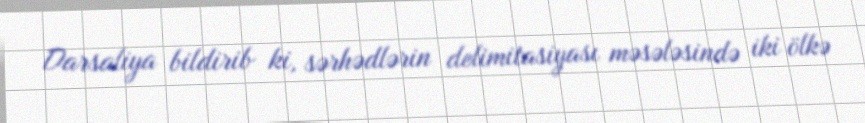
Darsaliya bildirib ki, sərhədlərin delimitasiyası məsələsində iki ölkə